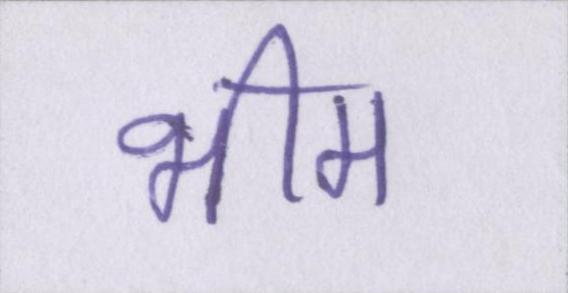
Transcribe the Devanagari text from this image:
भीम